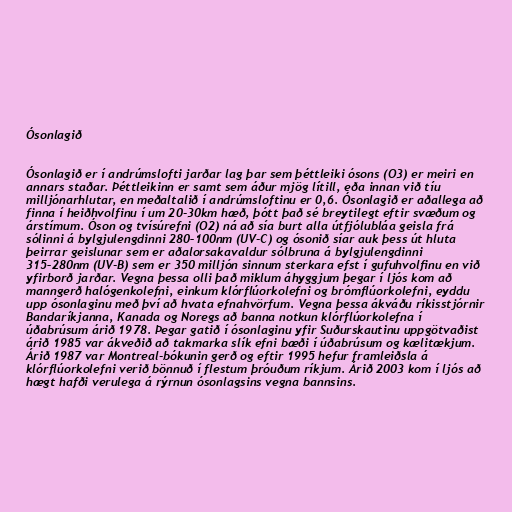
Ósonlagið

Ósonlagið er í andrúmslofti jarðar lag þar sem þéttleiki ósons (O3) er meiri en
annars staðar. Þéttleikinn er samt sem áður mjög lítill, eða innan við tíu
milljónarhlutar, en meðaltalið í andrúmsloftinu er 0,6. Ósonlagið er aðallega að
finna í heiðhvolfinu í um 20-30km hæð, þótt það sé breytilegt eftir svæðum og
árstímum. Óson og tvísúrefni (O2) ná að sía burt alla útfjólubláa geisla frá
sólinni á bylgjulengdinni 280–100nm (UV-C) og ósonið síar auk þess út hluta
þeirrar geislunar sem er aðalorsakavaldur sólbruna á bylgjulengdinni
315–280nm (UV-B) sem er 350 milljón sinnum sterkara efst í gufuhvolfinu en við
yfirborð jarðar. Vegna þessa olli það miklum áhyggjum þegar í ljós kom að
manngerð halógenkolefni, einkum klórflúorkolefni og brómflúorkolefni, eyddu
upp ósonlaginu með því að hvata efnahvörfum. Vegna þessa ákváðu ríkisstjórnir
Bandaríkjanna, Kanada og Noregs að banna notkun klórflúorkolefna í
úðabrúsum árið 1978. Þegar gatið í ósonlaginu yfir Suðurskautinu uppgötvaðist
árið 1985 var ákveðið að takmarka slík efni bæði í úðabrúsum og kælitækjum.
Árið 1987 var Montreal-bókunin gerð og eftir 1995 hefur framleiðsla á
klórflúorkolefni verið bönnuð í flestum þróuðum ríkjum. Árið 2003 kom í ljós að
hægt hafði verulega á rýrnun ósonlagsins vegna bannsins.